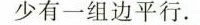
少有一组边平行。